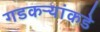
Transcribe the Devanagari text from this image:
गडकऱ्यांकडे